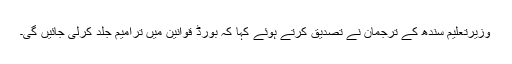
وزیرتعلیم سندھ کے ترجمان نے تصدیق کرتے ہوئے کہا کہ بورڈ قوانین میں ترامیم جلد کرلی جائیں گی۔